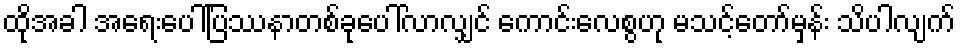
ထိုအခါ အရေးပေါ်ပြဿနာတစ်ခုပေါ်လာလျှင် ကောင်းလေစွဟု မသင့်တော်မှန်း သိပါလျက်